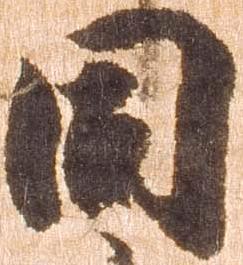
同